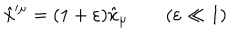
\hat { x } ^ { \prime \mu } = ( 1 + \varepsilon ) \hat { x } _ { \mu } \qquad ( \varepsilon \ll 1 )